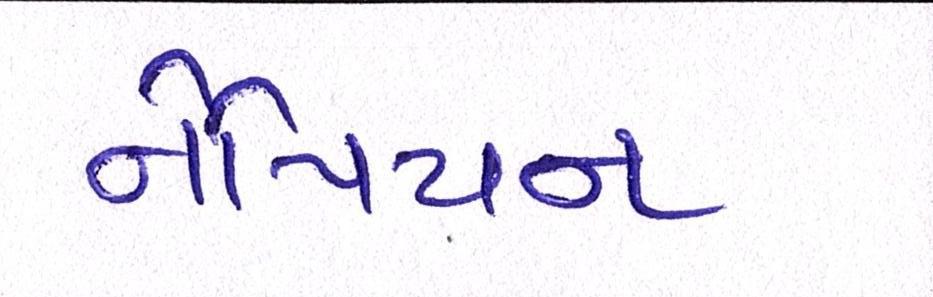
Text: નેપિયન